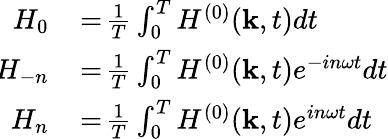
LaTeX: \begin{array}{rl}{H_{0}}&{{}\! =\! \frac{1}{T}\int_{0}^{T}H^{(0)}({\mathbf k},t)dt}\\ {\! H_{-n}}&{{}\! =\! \frac{1}{T}\int_{0}^{T}H^{(0)}({\mathbf k},t)e^{-in\omega t}dt}\\ {\! H_{n}}&{{}\! =\! \frac{1}{T}\int_{0}^{T}H^{(0)}({\mathbf k},t)e^{in\omega t}dt}\end{array}